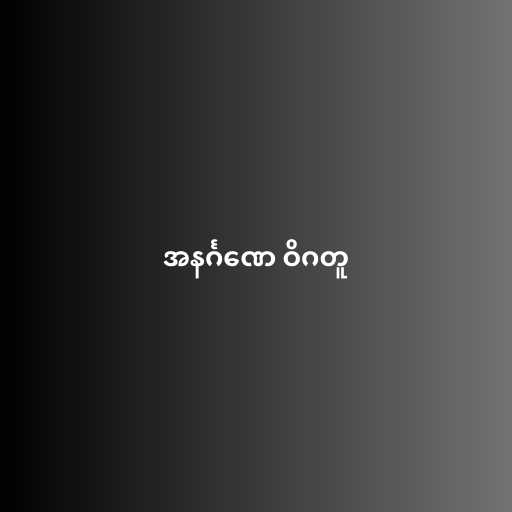
အနင်္ဂဏေ ဝိဂတူ